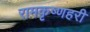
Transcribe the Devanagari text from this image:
रामकृष्णहरी